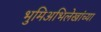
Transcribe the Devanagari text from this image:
भुमिअभिलेखांच्या